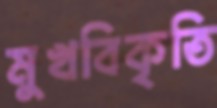
মুখবিকৃতি